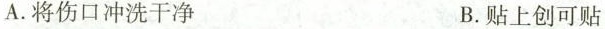
A.将伤口冲洗干净 B.贴上创可贴